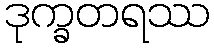
ဒုက္ခတရဿ